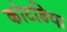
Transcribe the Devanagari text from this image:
कोटडिया